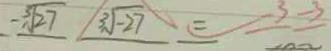
- \sqrt [ 3 ] { 2 7 } 3 \sqrt [ 3 ] { - 2 7 } = - 3 - 3